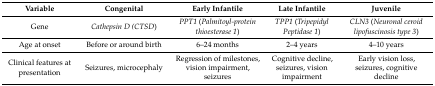
<table><thead><tr><td><b>Variable</b></td><td><b>Congenital </b></td><td><b>Early Infantile </b></td><td><b>Late Infantile</b></td><td><b>Juvenile</b></td></tr></thead><tbody><tr><td>Gene</td><td><i>Cathepsin D (CTSD</i>)</td><td><i>PPT1</i> (<i>Palmitoyl-protein thioesterase 1</i>)</td><td><i>TPP1</i> (<i>Tripepidyl Peptidase 1</i>)</td><td><i>CLN3</i> (<i>Neuronal ceroid lipofuscinosis type 3</i>)</td></tr><tr><td>Age at onset</td><td>Before or around birth</td><td>6–24 months</td><td>2–4 years</td><td>4–10 years</td></tr><tr><td>Clinical features at presentation</td><td>Seizures, microcephaly</td><td>Regression of milestones, vision impairment, seizures</td><td>Cognitive decline, seizures, vision impairment</td><td>Early vision loss, seizures, cognitive decline</td></tr></tbody></table>